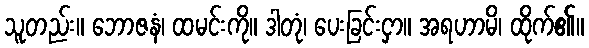
သူတည်း။ ဘောဇနံ၊ ထမင်းကို။ ဒါတုံ၊ ပေးခြင်းငှာ။ အရဟာမိ၊ ထိုက်၏။